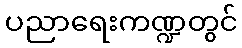
ပညာရေးကဏ္ဍတွင်